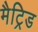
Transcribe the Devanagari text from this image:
मैट्रिड